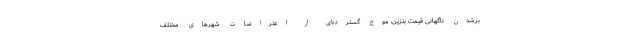
بر‌شدن ناگهانی قیمت بنزین، موج گسترده‌ای از اعتراضات شهرهای مختلف